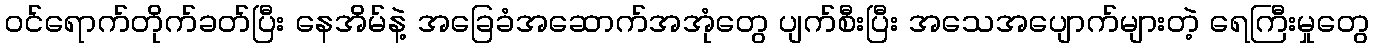
ဝင်ရောက်တိုက်ခတ်ပြီး နေအိမ်နဲ့ အခြေခံအဆောက်အအုံတွေ ပျက်စီးပြီး အသေအပျောက်များတဲ့ ရေကြီးမှုတွေ